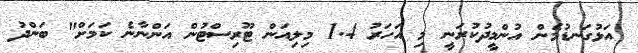
އަޅުގަނޑުމެން އުންމީދުކުރަނީ މި އަހަރު 1.4 މިލިއަން ޓޫރިސްޓުން އަންނާނެ ކަމަށް" ބަންދު